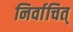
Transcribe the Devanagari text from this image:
निर्वाचित्